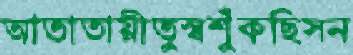
আতাতায়ীতুস্বশুঁকছিসন